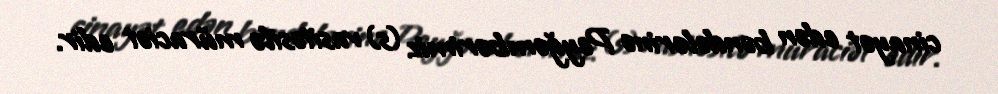
cinayət edən bəndələrinə Peyğəmbərimiz (s) vasitəsilə müraciət edir.